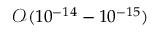
\mathcal { O } ( 1 0 ^ { - 1 4 } - 1 0 ^ { - 1 5 } )